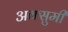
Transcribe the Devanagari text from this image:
अक्सुमी